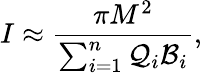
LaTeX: I\approx{\frac{\pi M^{2}}{\sum_{i=1}^{n}{\cal Q}_{i}{\cal B}_{i}}},